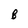
Character: B